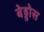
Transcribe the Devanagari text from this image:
बेड्डोस